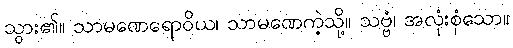
သွား၏။ သာမဏေရောဝိယ၊ သာမဏေကဲ့သို့။ သဗ္ဗံ၊ အလုံးစုံသော။